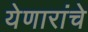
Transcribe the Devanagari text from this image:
येणारांचे